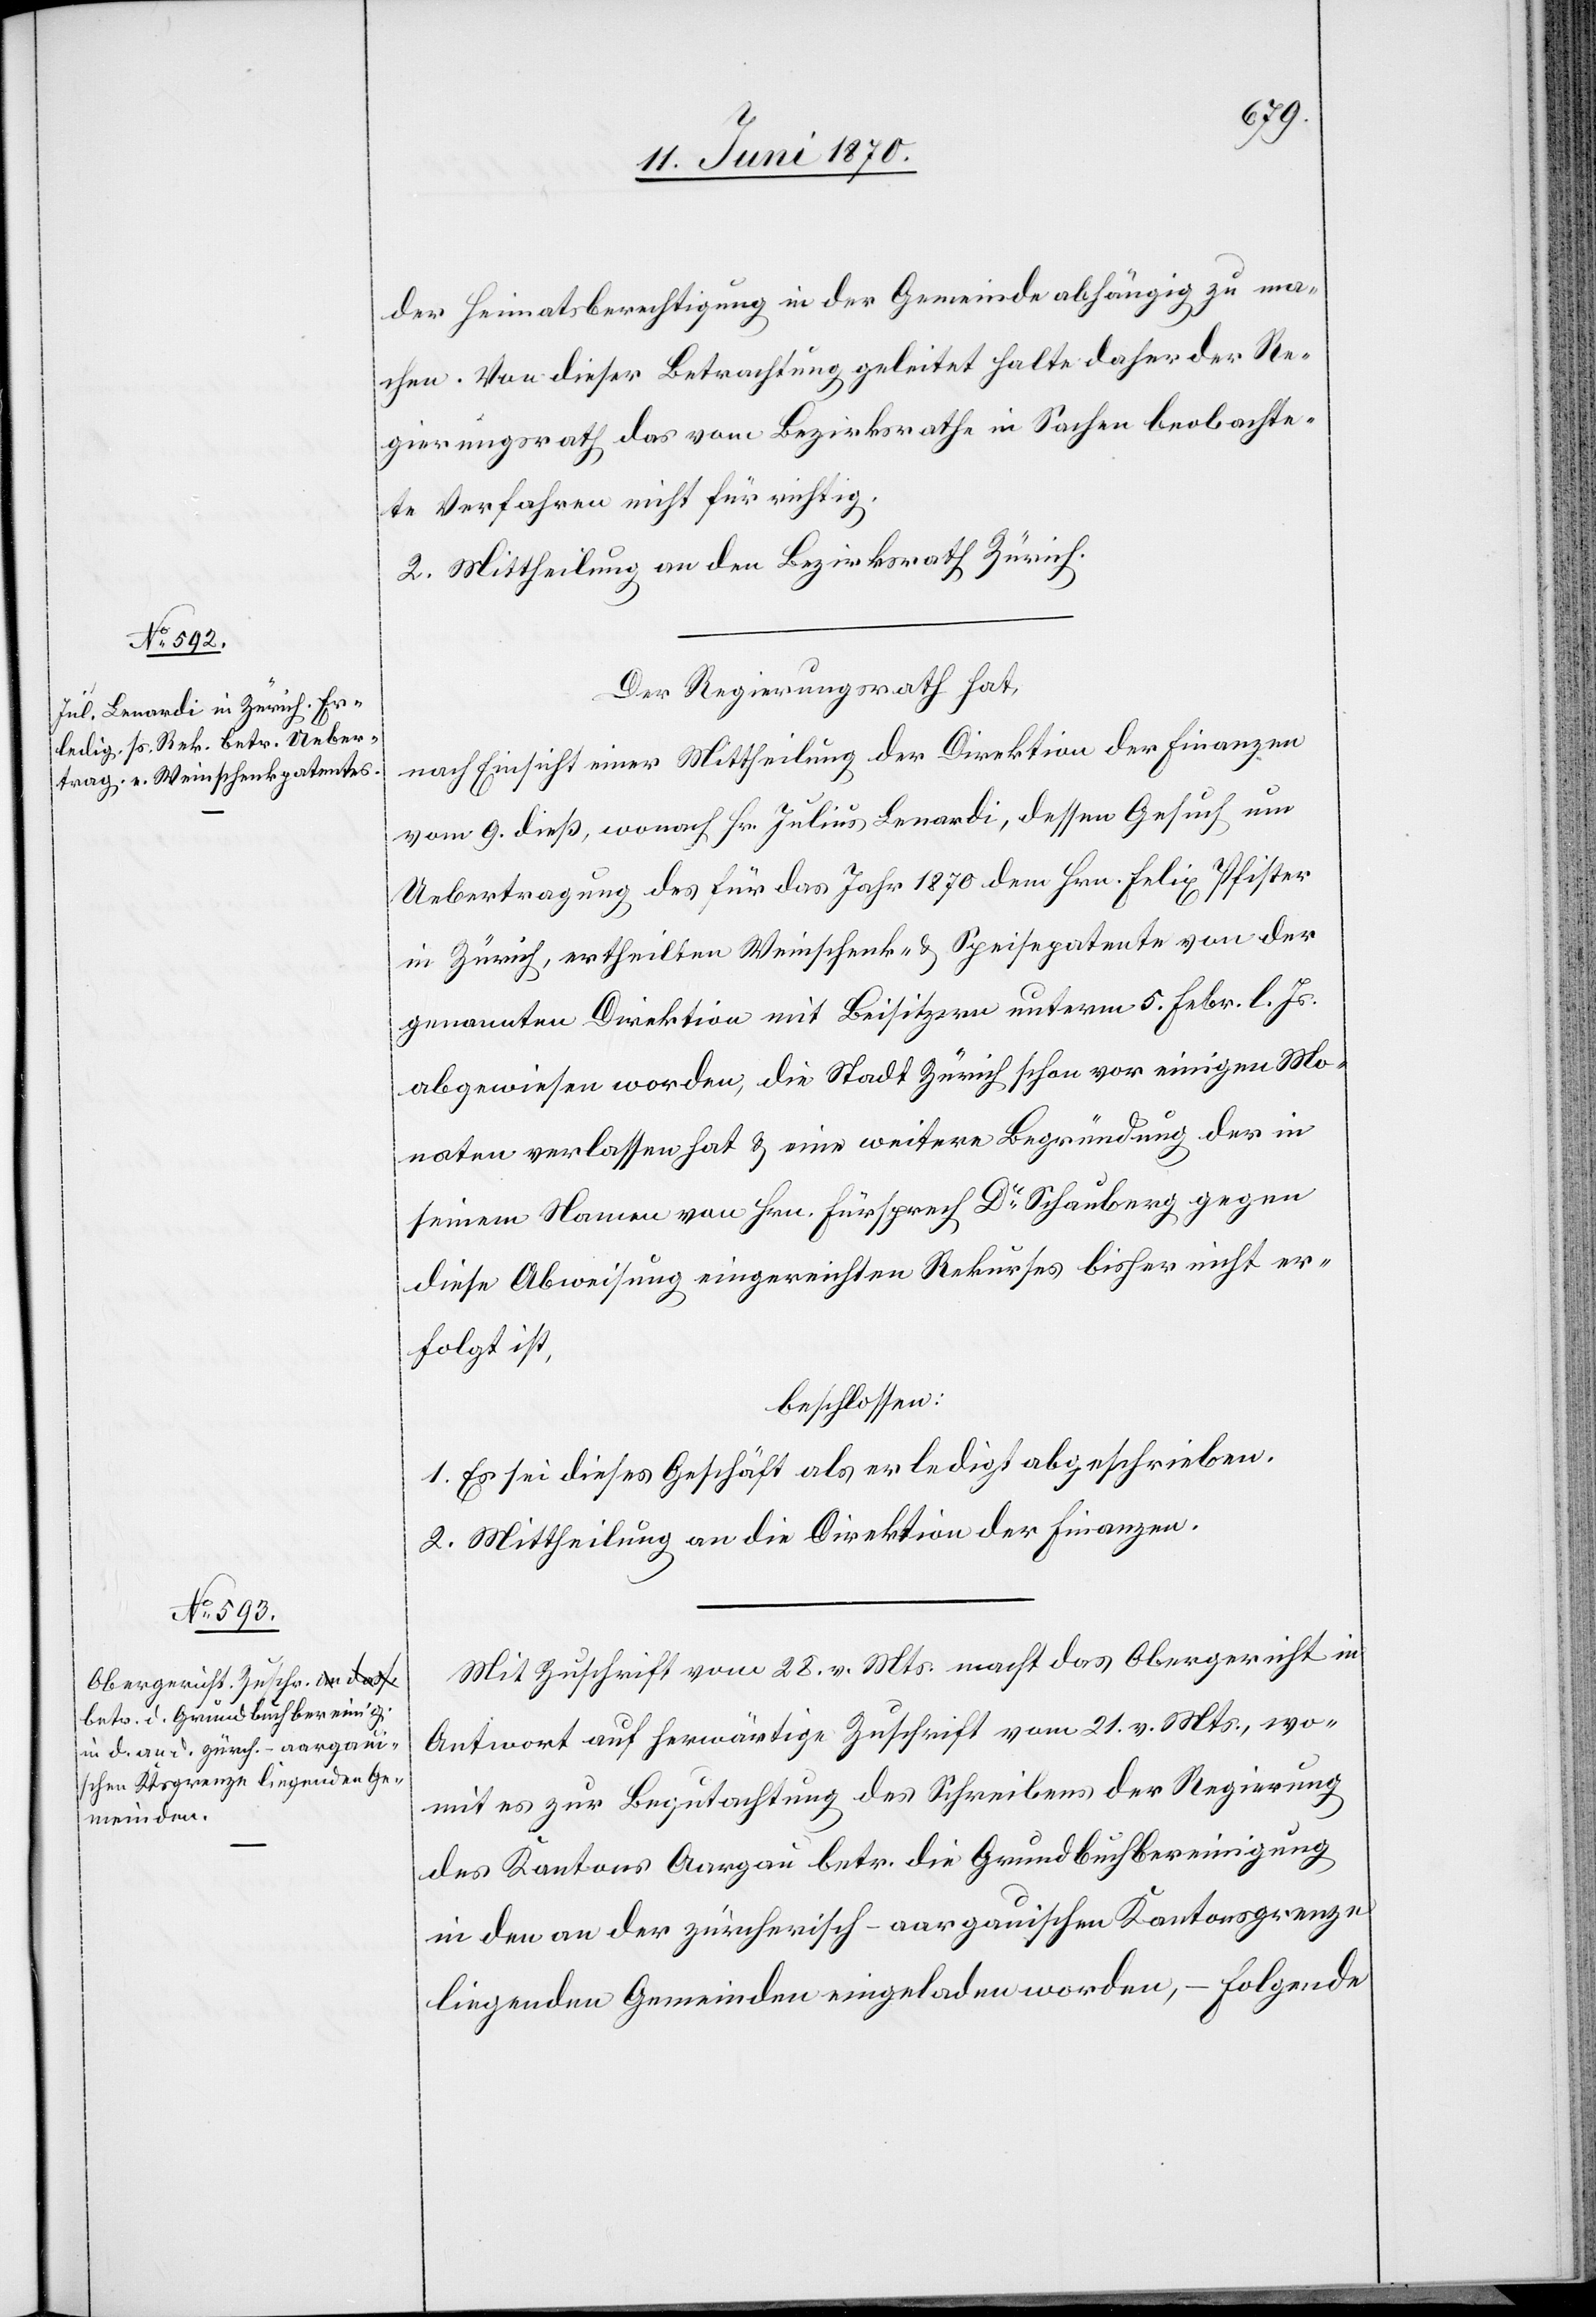
der Heimatsberechtigung in der Gemeinde abhängig zu ma¬
chen. Von dieser Betrachtung geleitet halte daher der Re¬
gierungsrath das vom Bezirksrathe in Sachen beobachte¬
te Verfahren nicht für richtig.
2. Mittheilung an den Bezirksrath Zürich.
Der Regierungsrath hat,
nach Einsicht einer Mittheilung der Direktion der Finanzen
vom 9. dieß, wonach Hr. Julius Lenardi, dessen Gesuch um
Uebertragung des für das Jahr 1870 dem Hrn. Felix Pfister
in Zürich, ertheilten Weinschenk- & Speisepatente[s] von der
genannten Direktion mit Beisitzern unterm 5. Febr. l. Js.
abgewiesen worden, die Stadt Zürich schon vor einigen Mo¬
naten verlassen hat & eine weitere Begründung der in
seinem Namen von Hrn. Fürsprech Dr Schauberg gegen
diese Abweisung eingereichten Rekurses bisher nicht er¬
folgt ist,
beschlossen:
1. Es sei dieses Geschäft als erledigt abgeschrieben.
2. Mittheilung an die Direktion der Finanzen.
Mit Zuschrift vom 28. v. Mts. macht das Obergericht in
Antwort auf herwärtige Zuschrift vom 21. v. Mts., wo¬
mit es zur Begutachtung des Schreibens der Regierung
des Kantons Aargau betr. die Grundbuchbereinigung
in den an der zürcherisch-aargauischen Kantonsgrenze
liegenden Gemeinden eingeladen worden, – folgende